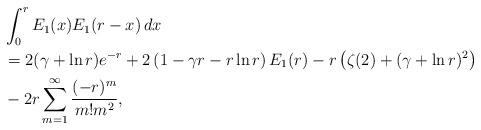
LaTeX: \begin{align*} &\int_0^r E_1(x)E_1(r-x)\,dx\\ &= 2(\gamma+\ln r)e^{-r}+2\left(1-\gamma r-r\ln r\right)E_1(r)-r\left(\zeta(2)+(\gamma+\ln r)^2\right)\\&- 2 r \sum_{m=1}^\infty \frac{(-r)^m}{m!m^2},\end{align*}